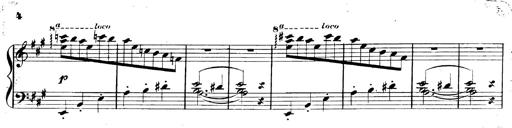
Title: 3 Caprices-Valses
Composer: Franz Liszt